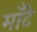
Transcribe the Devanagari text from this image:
मॉँटे